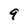
Character: 9